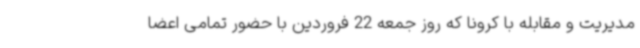
مدیریت و مقابله با کرونا که روز جمعه 22 فروردین با حضور تمامی اعضا